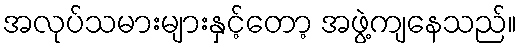
အလုပ်သမားများနှင့်တော့ အဖွဲ့ကျနေသည်။